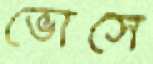
ভোসে